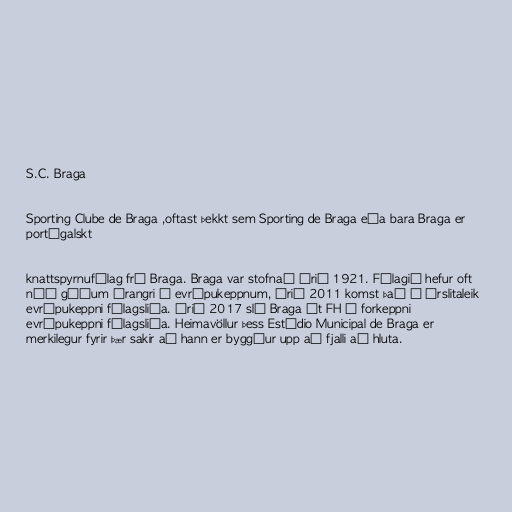
S.C. Braga

Sporting Clube de Braga ,oftast þekkt sem Sporting de Braga eða bara Braga er
portúgalskt

knattspyrnufélag frá Braga. Braga var stofnað árið 1921. Félagið hefur oft
náð góðum árangri í evrópukeppnum, árið 2011 komst það í úrslitaleik
evrópukeppni félagsliða. Árið 2017 sló Braga út FH í forkeppni
evrópukeppni félagsliða. Heimavöllur þess Estádio Municipal de Braga er
merkilegur fyrir þær sakir að hann er byggður upp að fjalli að hluta.